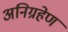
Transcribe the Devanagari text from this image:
अनिग्रहेण